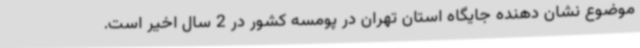
موضوع نشان دهنده جایگاه استان تهران در پومسه کشور در 2 سال اخیر است.